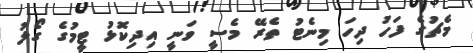
މެޗުގެ ފަހު ދިހަ މިނެޓު ތެރޭ މެސީ ވަނީ އިދިކޮޅު ޓީމުގެ ގޯލު